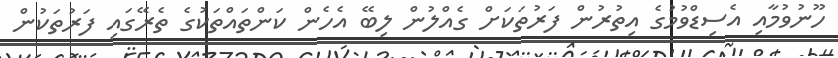
ހޫނުވުމާއި އެސިޑްވުމުގެ އިތުރުން ފަރުތަކަށް ގެއްލުން ލިބޭ އެހެން ކަންތައްތަކުގެ ތެރޭގައި ފަރުތަކުން